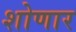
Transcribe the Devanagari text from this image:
शोणार